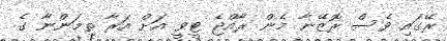
ރޭގައި ވެސް ރޮޒޭނާ މެން ރާއްޖެ ޓީވީ އަށް އަރާ ތިމަންނާ ގެ